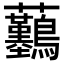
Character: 𧆖